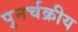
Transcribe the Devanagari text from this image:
पुनर्चक्रीय